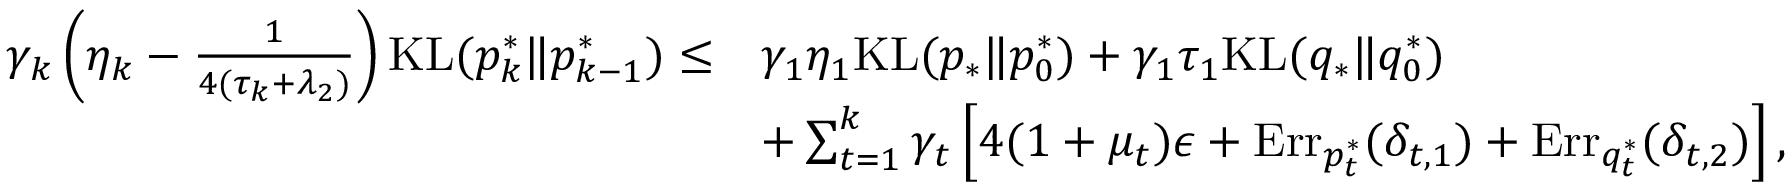
\begin{array} { r l } { \gamma _ { k } \left( \eta _ { k } - \frac { 1 } { 4 ( \tau _ { k } + \lambda _ { 2 } ) } \right) \mathrm { K L } ( p _ { k } ^ { * } \| p _ { k - 1 } ^ { * } ) \leq } & { \gamma _ { 1 } \eta _ { 1 } \mathrm { K L } ( p _ { * } \| p _ { 0 } ^ { * } ) + \gamma _ { 1 } \tau _ { 1 } \mathrm { K L } ( q _ { * } \| q _ { 0 } ^ { * } ) } \\ & { + \sum _ { t = 1 } ^ { k } \gamma _ { t } \left[ 4 ( 1 + \mu _ { t } ) \epsilon + \mathrm { E r r } _ { p _ { t } ^ { * } } ( \delta _ { t , 1 } ) + \mathrm { E r r } _ { q _ { t } ^ { * } } ( \delta _ { t , 2 } ) \right] , } \end{array}